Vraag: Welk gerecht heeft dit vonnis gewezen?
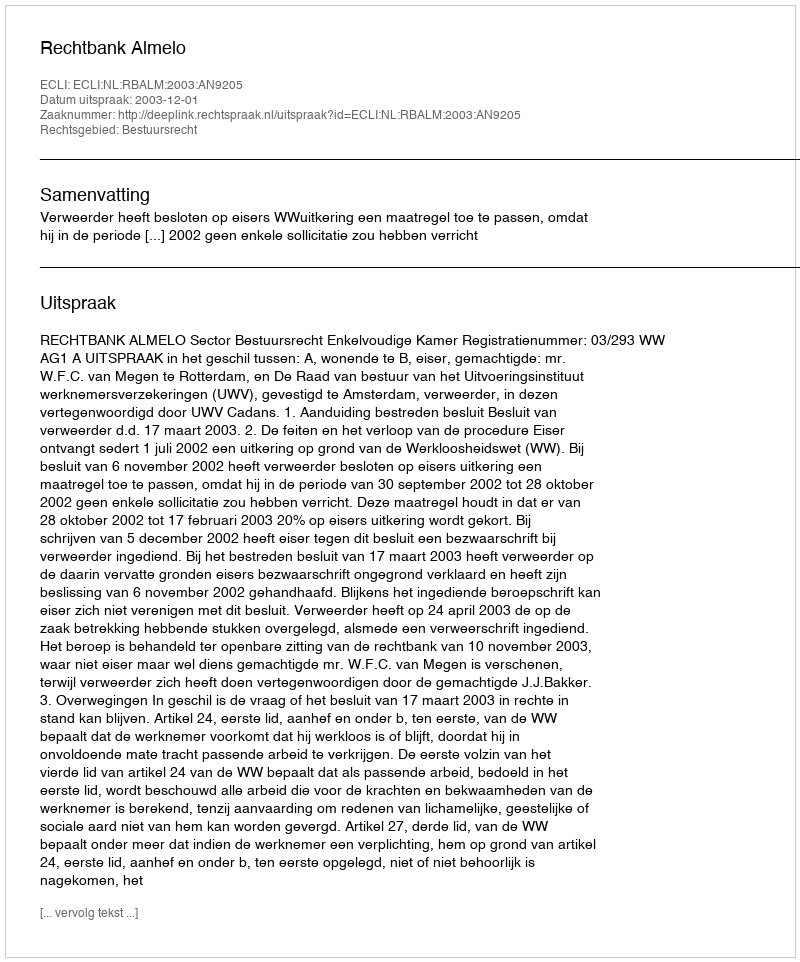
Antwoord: Rechtbank Almelo